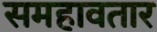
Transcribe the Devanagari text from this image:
समहावतार